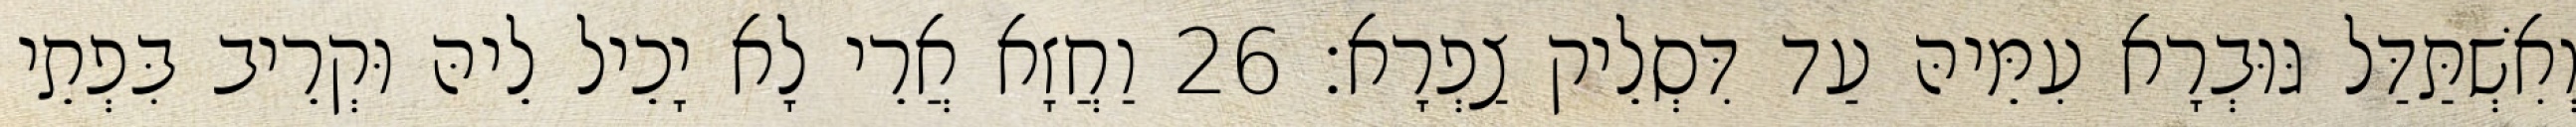
וְאִשְׁתַּדַּל גּוּבְרָא עִמֵּיהּ עַד דִּסְלֵיק צַפְרָא׃ 26 וַחֲזָא אֲרֵי לָא יָכֵיל לֵיהּ וּקְרֵיב בִּפְתֵי